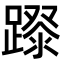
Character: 𨄛